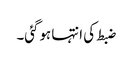
ضبط کی انتہا ہوگئی۔